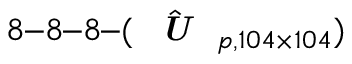
8 – 8 – 8 – ( \hat { \textit { \textbf { U } } } _ { p , 1 0 4 \times 1 0 4 } )